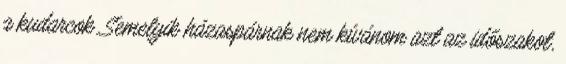
a kudarcok. Semelyik házaspárnak nem kívánom azt az időszakot,